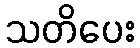
သတိပေး